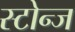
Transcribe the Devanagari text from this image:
स्टोन्ज